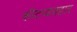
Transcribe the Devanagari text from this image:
कीटव्यवहार